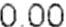
0.00